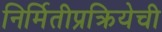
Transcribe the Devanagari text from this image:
निर्मितीप्रक्रियेची